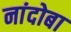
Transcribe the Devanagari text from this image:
नांदोबा